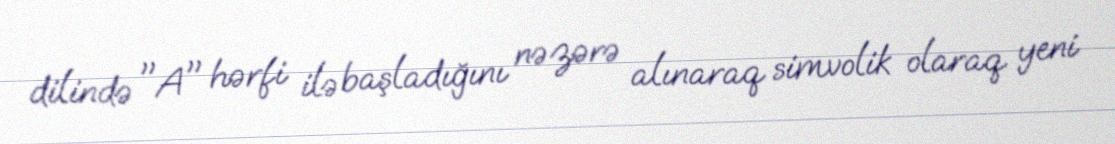
dilində "A" hərfi ilə başladığını nəzərə alınaraq simvolik olaraq yeni